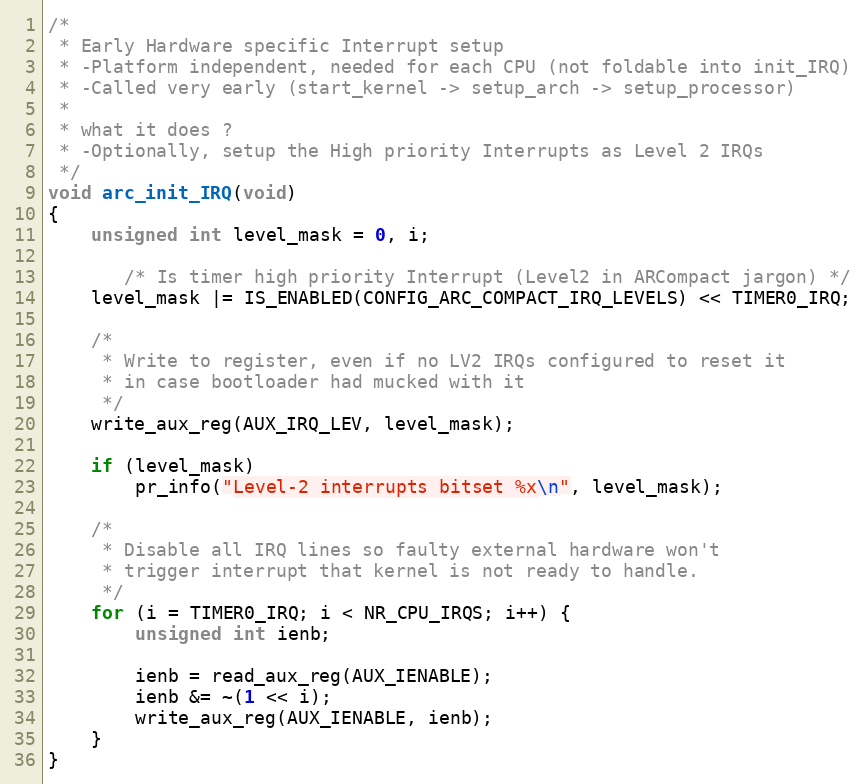
Language: C
/*
 * Early Hardware specific Interrupt setup
 * -Platform independent, needed for each CPU (not foldable into init_IRQ)
 * -Called very early (start_kernel -> setup_arch -> setup_processor)
 *
 * what it does ?
 * -Optionally, setup the High priority Interrupts as Level 2 IRQs
 */
void arc_init_IRQ(void)
{
	unsigned int level_mask = 0, i;

       /* Is timer high priority Interrupt (Level2 in ARCompact jargon) */
	level_mask |= IS_ENABLED(CONFIG_ARC_COMPACT_IRQ_LEVELS) << TIMER0_IRQ;

	/*
	 * Write to register, even if no LV2 IRQs configured to reset it
	 * in case bootloader had mucked with it
	 */
	write_aux_reg(AUX_IRQ_LEV, level_mask);

	if (level_mask)
		pr_info("Level-2 interrupts bitset %x\n", level_mask);

	/*
	 * Disable all IRQ lines so faulty external hardware won't
	 * trigger interrupt that kernel is not ready to handle.
	 */
	for (i = TIMER0_IRQ; i < NR_CPU_IRQS; i++) {
		unsigned int ienb;

		ienb = read_aux_reg(AUX_IENABLE);
		ienb &= ~(1 << i);
		write_aux_reg(AUX_IENABLE, ienb);
	}
}